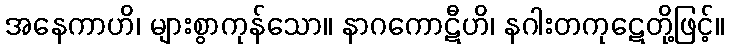
အနေကာဟိ၊ များစွာကုန်သော။ နာဂကောဋီဟိ၊ နဂါးတကုဋေတို့ဖြင့်။